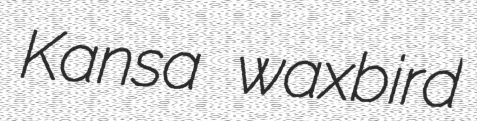
Kansa waxbird